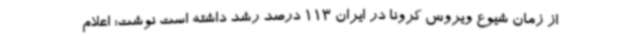
از زمان شیوع ویروس کرونا در ایران 113 درصد رشد داشته است نوشت: اعلام